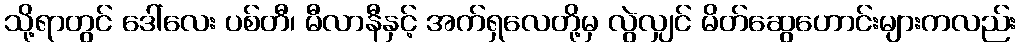
သို့ရာတွင် ဒေါ်လေး ပစ်တီ၊ မီလာနီနှင့် အက်ရှလေတို့မှ လွဲလျှင် မိတ်ဆွေဟောင်းများကလည်း